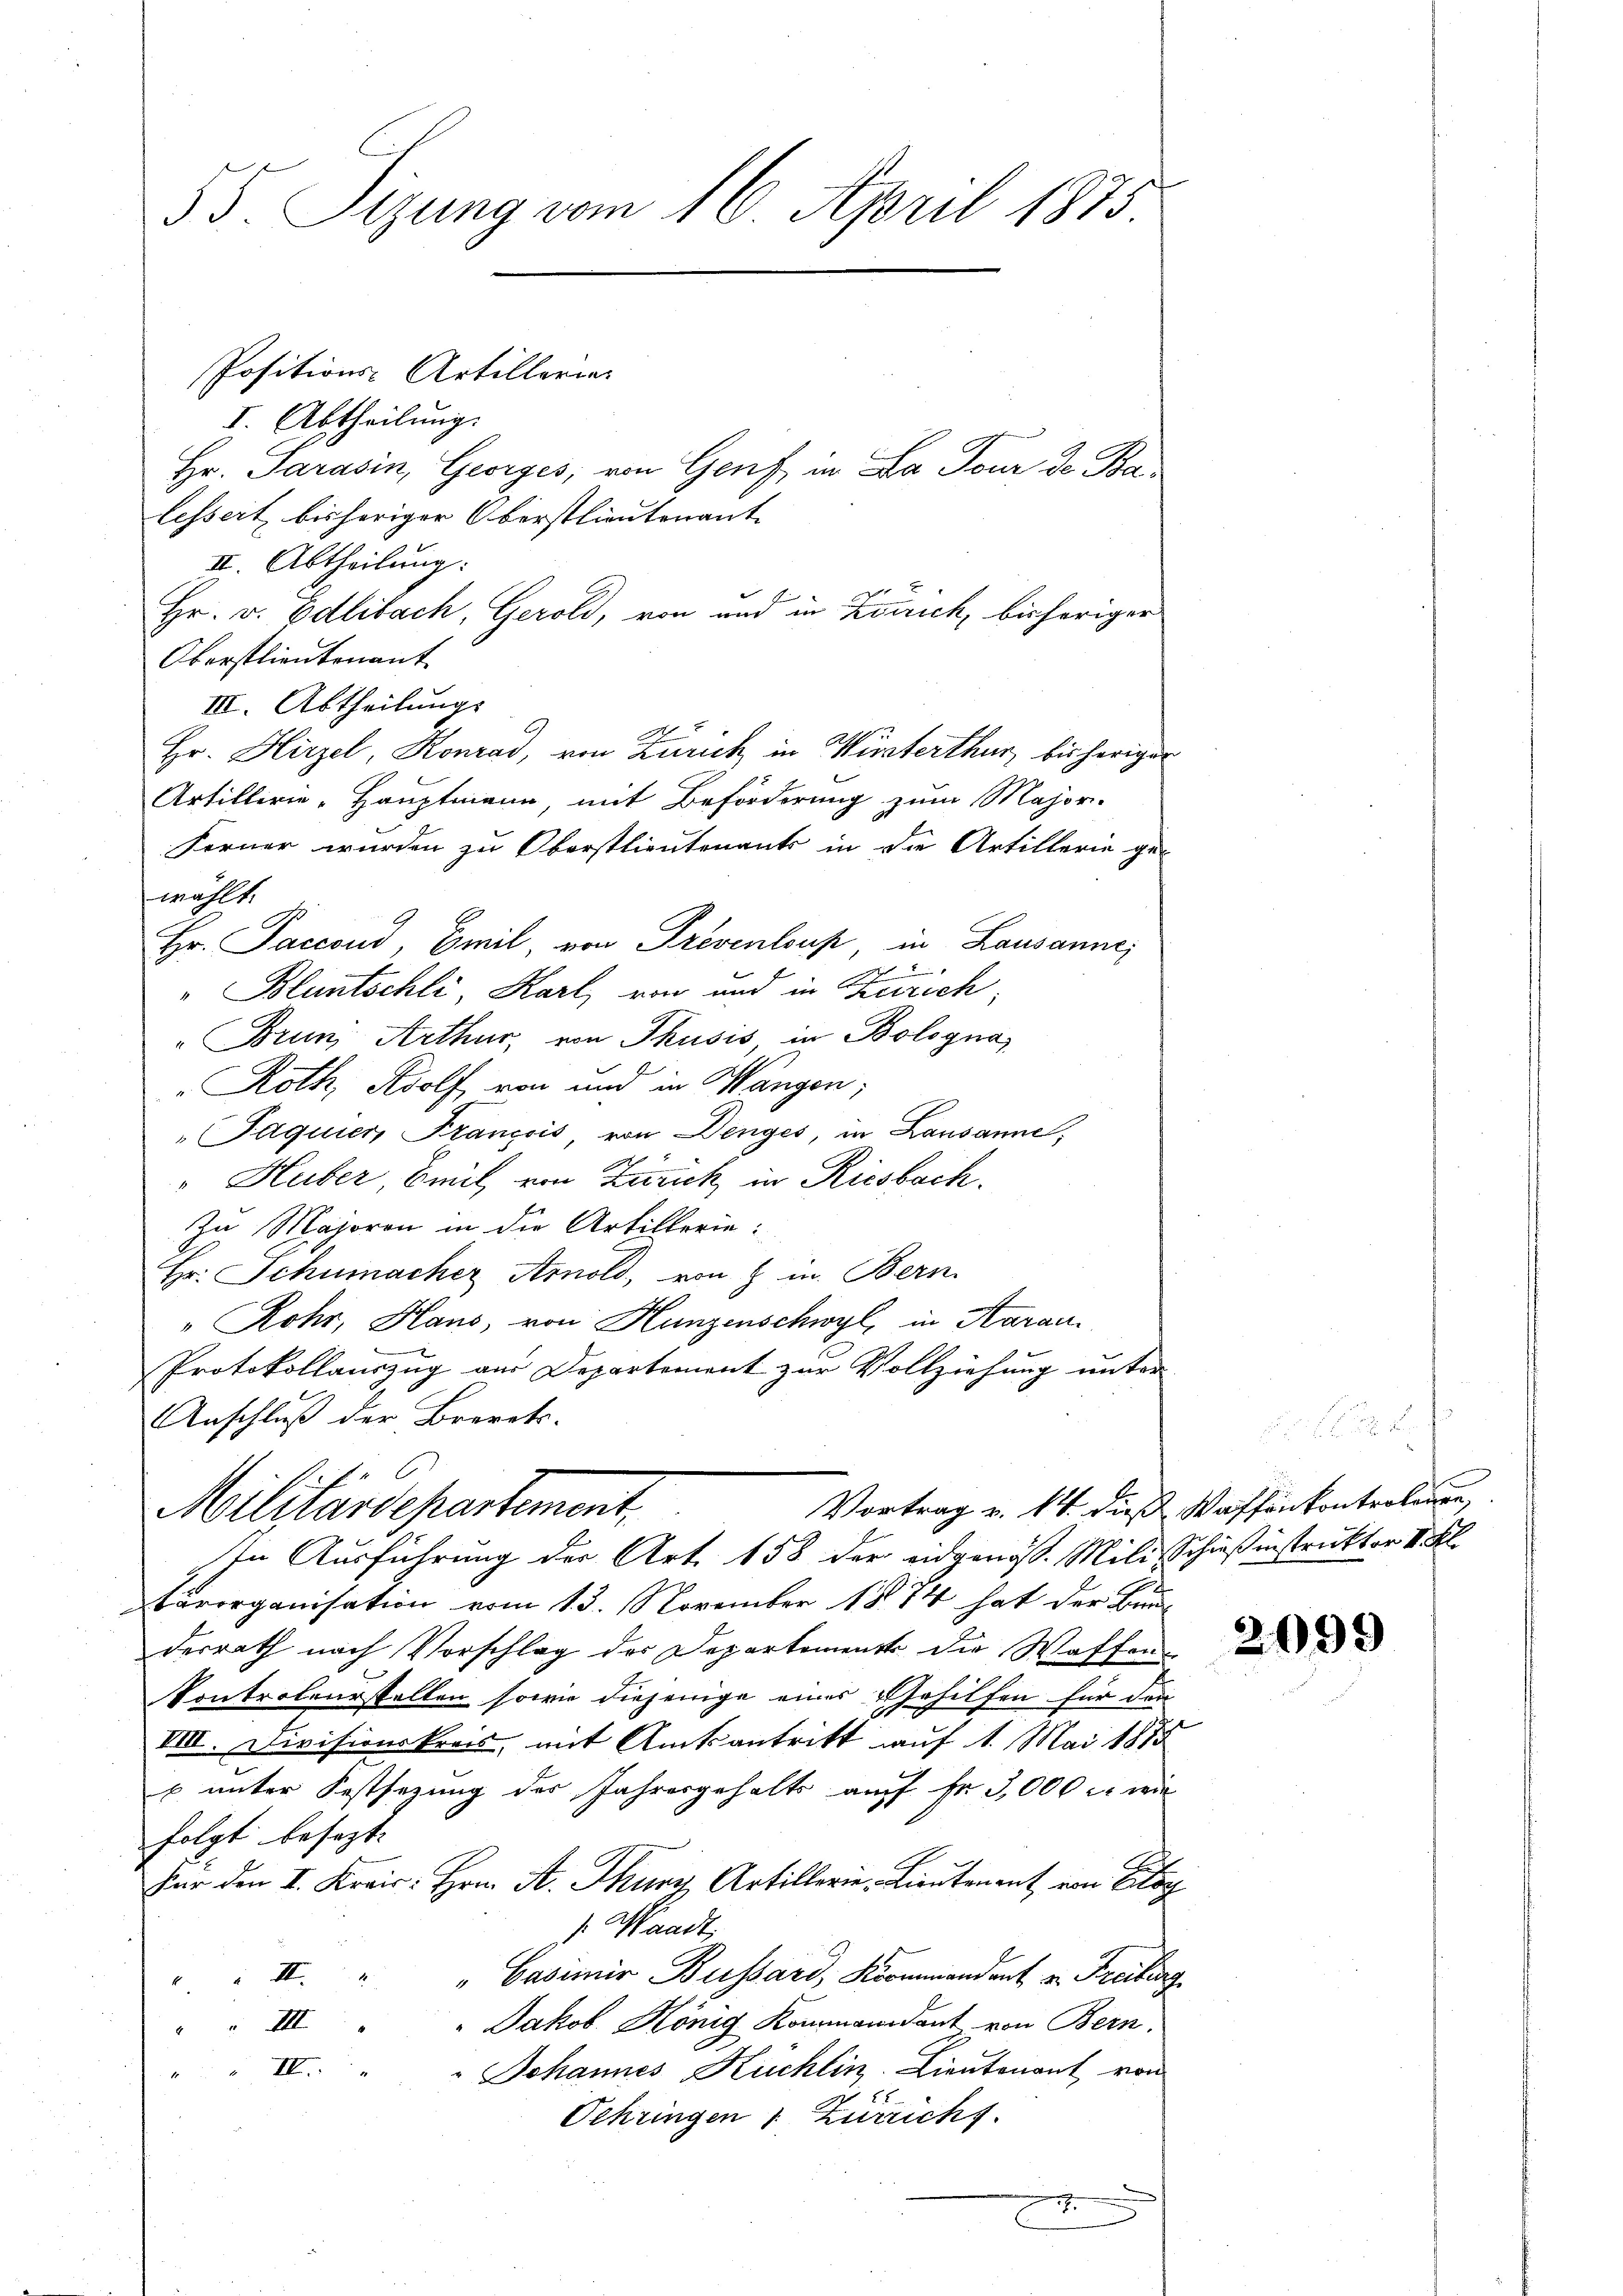
55. Sizung vom 16. April 1875.

I. Abtheilung.
Hr. Parasin, Georges, von Genf, in Da Four de Balessert, bisheriger Oberstlieutenant.
I. Abtheilung.
Hr. v. Odlibach, Gerold, von und in Zürich, bisheriger
Oberstlieutenant
III. Abtheilungs
Hr. Hirzel, Konrad, von Zürich in Wirsterthur, bis heriger
Artillerie-Hauptmann, mit Beförderung zum Major-
Ferner wurden zu Oberstlieutenants in die Artillerie ge-
wählt.
Hr. Paccoud, Emil, von Freventons, in Lausannes
e
"Bluntschli, Karl, von und in Zürich,
"Bruni Arthur, von Thusis in Bologna
Roth, Rolf von und in Wangen;
Paquier, François, von Denges, in Lausanne,
"Huber, Biel von Zürich in Riesbach.
In Majoren in die Artillerie:
Hr. Schumacher Arnold, von 8 in Bern
" Rohr, Haus, von Hunzenschwyl, in Aarau
Protokollauszug aus Departement zur Vollziehung unter
Anschluß der Brevets.
1. C
Vortrag v. 14. dies Waffenkontrolange
Militärdepartement.
In Ausführung der Art. 158 der eidgenöss. Mili-Schießinstrukter I. Kl
barorganisation vom 13. November 1884 hat der Bunderrath nach Vorschlag des Departement die Waffen¬
Kontroleurstellen sowie diejenige eines Gehilfen für den
VIII. Divisionskreis, mit Amtsantritt auf 1. Mai 1888
p unter Festsezung des Jahresgehalts auf Fr. 3,000 l. wie
folgt besezt
Für den I. Kreis. Hrn. A. Thung Artillerie, Lieutenant von Elog
s. Waadt,
 II. " " Casimir Bussard, Kommandant v. Freiburg
III. Jakob König Kommandant von Bern.
" Johannes Kuchlin Lieutenant von
 II
Oehringen 1. Zürichs.
.

Positions-Artillerie-

2099